Punjab Mental Hospital Lahore 1932-46 - 1932-1946
Year: 1932
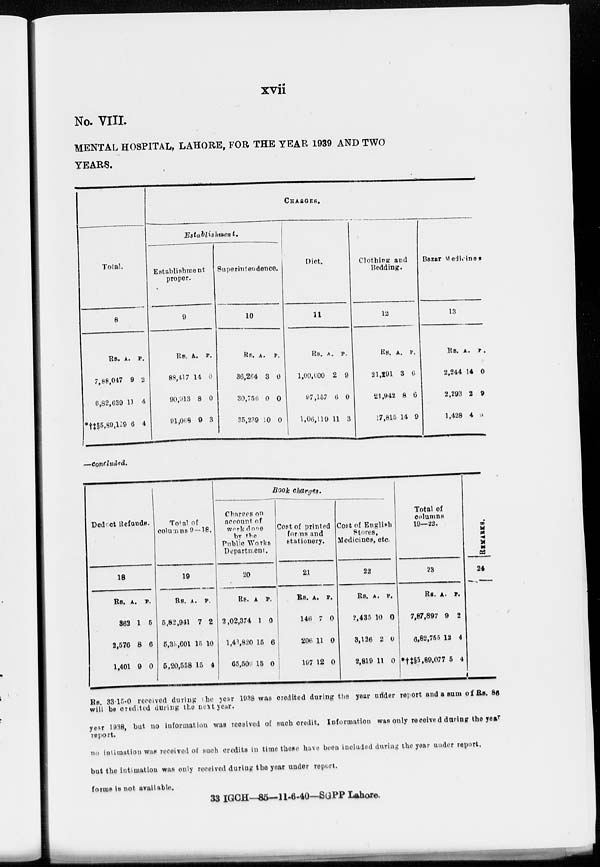
xvii
No. VIII.
MENTAL HOSPITAL, LAHORE, FOR THE YEAR 1939 AND TWO
YEARS.
Total.
8
Rs.
7,88,047
6,82,639
*†‡§5,89,129
A.
9
11
6
P.
2
4
4
CHARGES.
Establishment.
Establishment
proper.
9
Rs.
88,417
90,913
91,068
A.
11
8
9
P.
0
0
3
Superintendence.
10
Rs.
36,264
30,756
35,239
A.
3
0
10
P.
0
0
0
Diet.
11
Rs.
1,00,000
97,157
1,06,119
A.
2
6
11
P.
9
0
3
Clothing and
Bedding.
12
Rs.
21,291
21,942
17,815
A.
3
8
14
P.
6
6
9
Bazar Medicines
13
Rs.
2,244
2,293
1,428
A.
14
2
4
P.
0
9
9
—concluded.
Deduct Refunds.
18
Re.
362
2,576
1,401
A.
1
8
9
P.
5
6
0
Total of
columns 9 — 18.
19
Rs.
5,82,941
6,35,601
5,20,558
A.
7
15
15
P.
2
10
4
Book
charges.
Charges on
account of
Work done
by the
Public Works
Department.
20
Rs.
2,02,374
1,48,820
65,500
A.
1
15
15
P.
0
6
0
Cost of printed
forms and
stationery.
21
Rs.
146
206
197
A.
7
11
12
P.
0
0
0
Cost of English
Stores,
Medicines, etc.
22
Rs.
2,435
3,126
2,819
A.
10
2
11
P.
0
0
0
Total of
columns
19—22.
23
Rs.
7,87,897
6,82,755
*†‡§5,89,077
A.
9
12
5
P.
2
4
4
REMARKS.
24
Rs. 33.15-0 received during the year 1938 was credited during the year under report and a sum of Rs. 86
will be credited during the next year.
year 1938, but no information was received of such credit. Information was only received during the year
report.
no information was received of such credits in time these have been included during the year under report.
but the intimation was only received during the year under report.
forms is not available.
33 IGCH—85—11-6-40—SGPP Lahore.